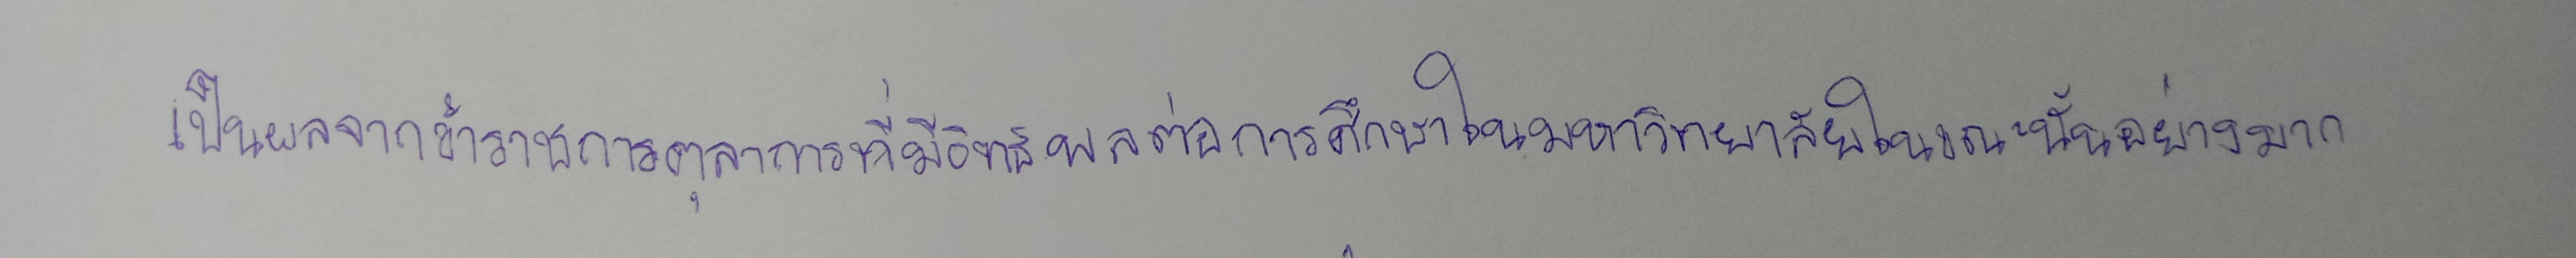
เป็นผลจากข้าราชการตุลาการที่มีอิทธิพลต่อการศึกษาในมหาวิทยาลัยในขณะนั้นอย่างมาก